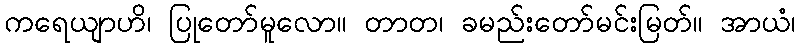
ကရေယျာဟိ၊ ပြုတော်မူလော။ တာတ၊ ခမည်းတော်မင်းမြတ်။ အာယံ၊